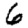
Digit: 6